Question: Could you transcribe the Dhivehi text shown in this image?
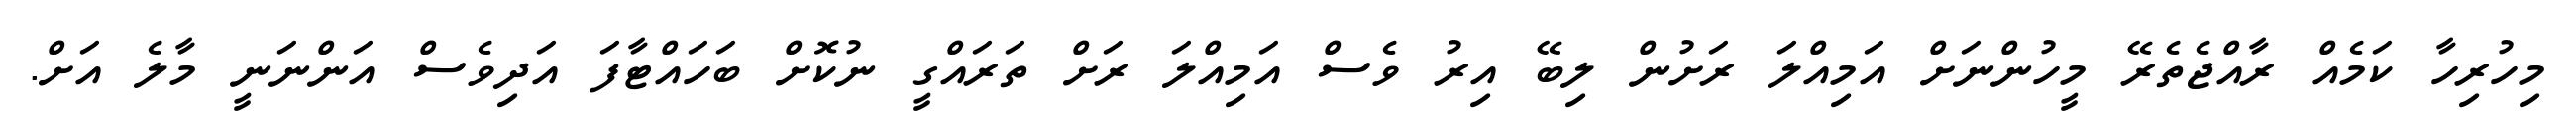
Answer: މިހުރިހާ ކަމެއް ރާއްޖެތެރޭ މީހުންނަށް އަމިއްލަ ރަށުން ލިބޭ އިރު ވެސް އަމިއްލަ ރަށް ތަރައްގީ ނުކޮށް ބަހައްޓާފަ އަދިވެސް އަންނަނީ މާލެ އަށް.